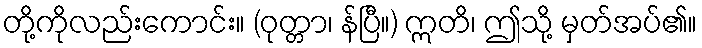
တို့ကိုလည်းကောင်း။ (ဝုတ္တာ၊ န်ပြီ။) ဣတိ၊ ဤသို့ မှတ်အပ်၏။